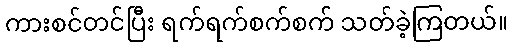
ကားစင်တင်ပြီး ရက်ရက်စက်စက် သတ်ခဲ့ကြတယ်။